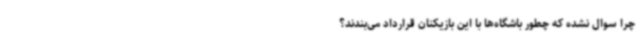
چرا سوال نشده که چطور باشگاه‌ها با این بازیکنان قرارداد می‌بندند؟